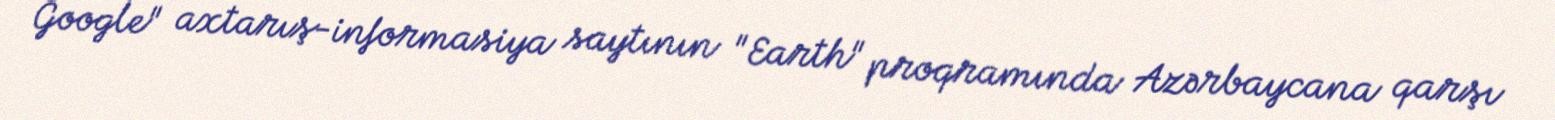
Google" axtarış-informasiya saytının "Earth" proqramında Azərbaycana qarşı